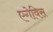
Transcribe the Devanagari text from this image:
एगेविस